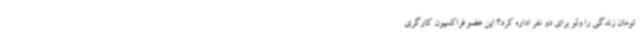
تومان زندگی را ولو برای دو نفر اداره کرد؟ این عضو فراکسیون کارگری